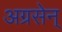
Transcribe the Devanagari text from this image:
अग्रसेन्